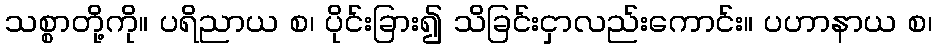
သစ္စာတို့ကို။ ပရိညာယ စ၊ ပိုင်းခြား၍ သိခြင်းငှာလည်းကောင်း။ ပဟာနာယ စ၊